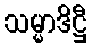
သမ္မာဒိဋ္ဌီ